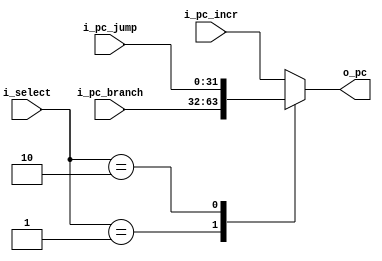
`timescale 1ns / 1ps
//////////////////////////////////////////////////////////////////////////////////
// Company: UNC FCEFyN
// 
// Design Name: 
// Module Name: PC_MUX
// Project Name: MIPS
// Target Devices: 
// Tool Versions: 
// Description: 
// 
// Dependencies: 
// 
// Revision:
// Revision 0.01 - File Created
// Additional Comments:
// 
//////////////////////////////////////////////////////////////////////////////////


module PC_MUX
    #(  //PARAMETERS
        parameter DATA_WIDTH = 32
    )
    (   //INPUTS
        input [DATA_WIDTH - 1:0]    i_pc_branch,
        input [DATA_WIDTH - 1:0]    i_pc_jump,
        input [DATA_WIDTH - 1:0]    i_pc_incr,
        input [1:0] i_select,
        //OUTPUTS
        output [DATA_WIDTH - 1:0]   o_pc
    );

    reg [DATA_WIDTH - 1 : 0] out;

    assign o_pc = out;

    always @(*) begin
        case(i_select)
            2'b00:   out = i_pc_incr;
            2'b01:   out = i_pc_branch;
            2'b10:   out = i_pc_jump;
            default: out = i_pc_incr;
        endcase
    end
endmodule